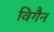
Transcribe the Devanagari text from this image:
विगैन